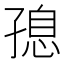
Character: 𮱝